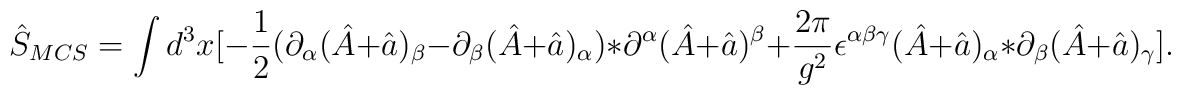
\hat S_{MCS}=\int d^{3}x[-\frac{1}{2}(\partial_{\alpha}(\hat A +\hat a )_{\beta}-\partial_{\beta}(\hat A +\hat a )_{\alpha})*\partial^{\alpha}(\hat A +\hat a )^{\beta}+\frac{2\pi}{g^2}\epsilon^{\alpha\beta\gamma}(\hat A +\hat a )_{\alpha}*\partial_{\beta}(\hat A +\hat a )_{\gamma}].